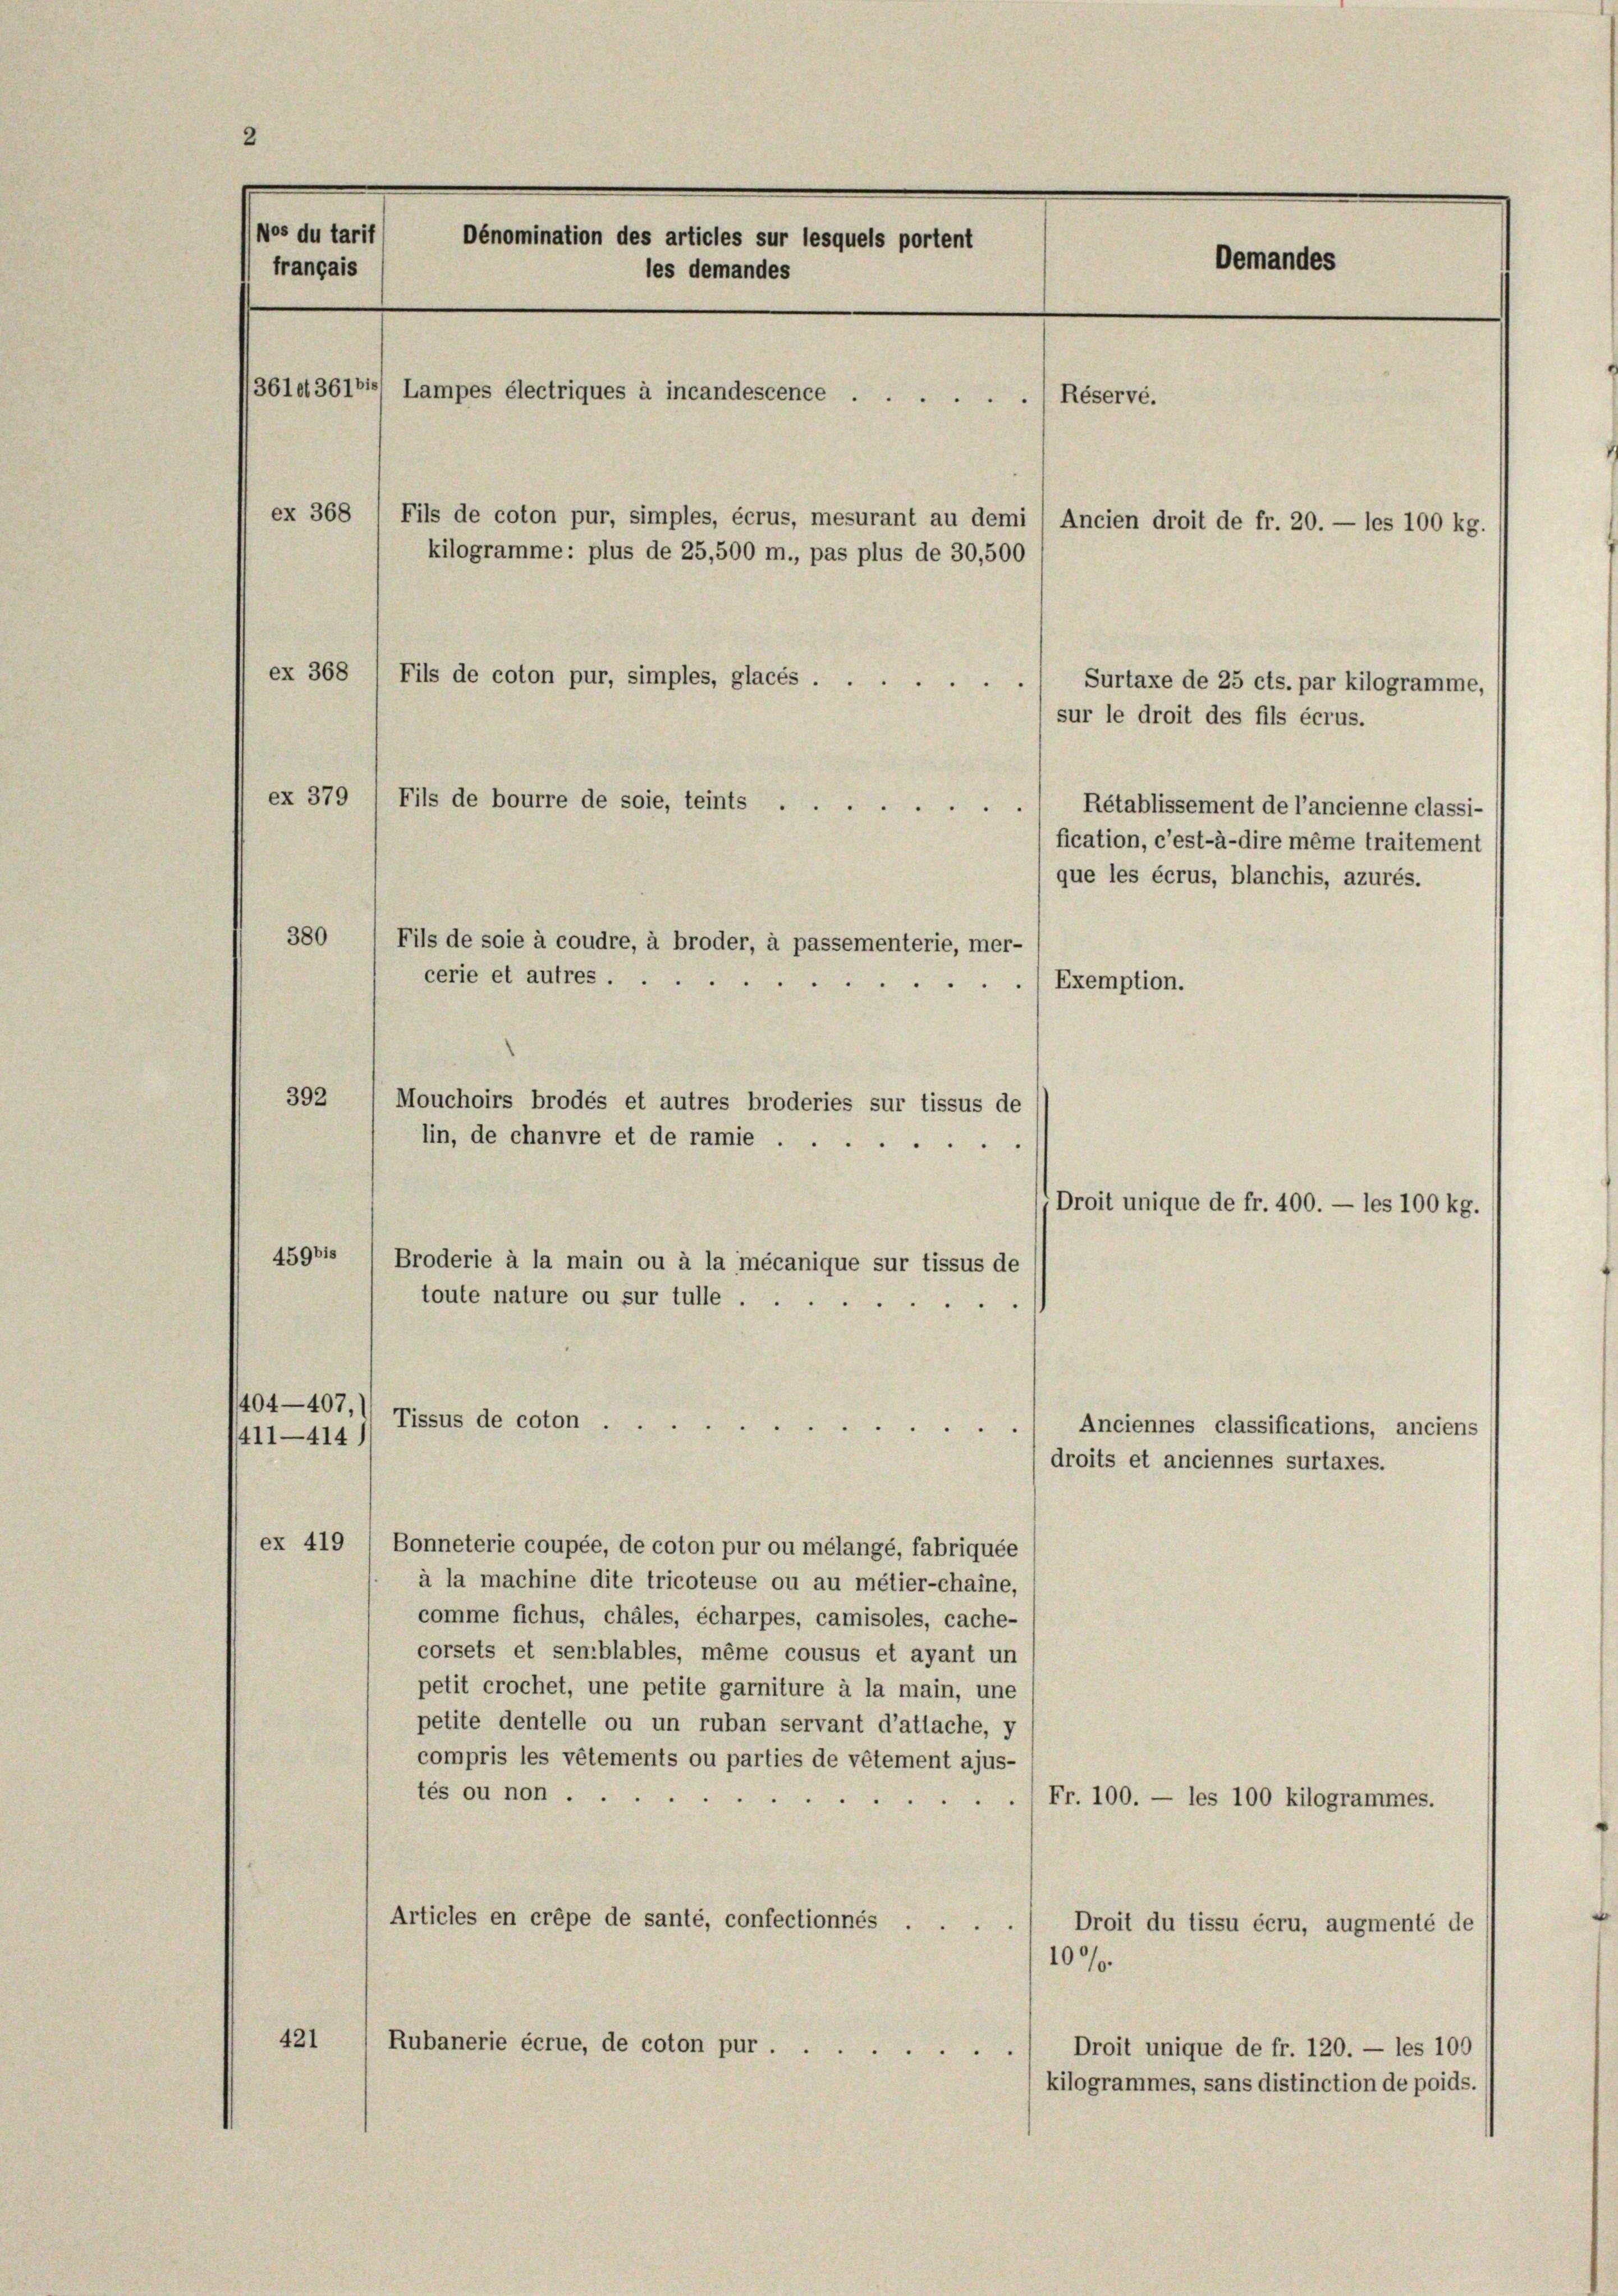
2

Wos du tarif
Dénomination des articles sur lesquels portent
français
les demandes
361. 361 Lampes électriques à incandescence
Réservé.
ex 368
Fils de coton pur, simples, écrus, mesurant au demi ( Ancien droit de fr. 20. — les 100 kg.
kilogramme: plus de 25,500 m., pas plus de 30,500
ex 368
Fils de coton pur, simples, glacés
Surtaxe de 25 cts. par kilogramme,
sur le droit des fils écrus.

Rétablissement de l’ancienne classi-
380
Fils de soie à coudre, à broder, à passementerie, mer-
cerie et autres .
Exemption.
392
Mouchoirs brodés et autres broderies sur tissus de
lin, de chanvre et de ramie
Droit unique de fr. 400. — les 100 kg.
459bis Broderie à la main ou à la mécanique sur tissus de
toute nature ou sur tulle .

ex 379
Fils de bourre de soie, teints

1404—407, 1
Tissus de coton . .
e
d
411—414)

ex 419 ( Bonneterie coupée, de coton pur ou mélangé, fabriquée
à la machine dite tricoteuse ou au métier-chaine,
comme fichus, chales, écharpes, camisoles, cache-
corsets et senzblables, même cousus et ayant un
petit crochet, une petite garniture à la main, une
petite dentelle ou un ruban servant d’attache, y
compris les vêtements ou parties de vêtement ajus-
tés ou non .
Fr. 100. — les 100 kilogrammes.
Articles en crépe de santé, confectionnés . .
.
Droit du tissu écru, augmenté de
100/
421
Rubanerie écrue, de coton pur
Droit unique de fr. 120. — les 100
kilogrammes, sans distinction de poids.

Oemandes

fication, c’est-à-dire même traitement
que les écrus, blanchis, azurés.

Anciennes classifications, anciens
droits et anciennes surtaxes.